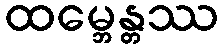
ထမ္ဘေန္တဿ